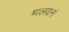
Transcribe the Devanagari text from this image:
मालवानां